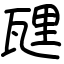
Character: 瓼